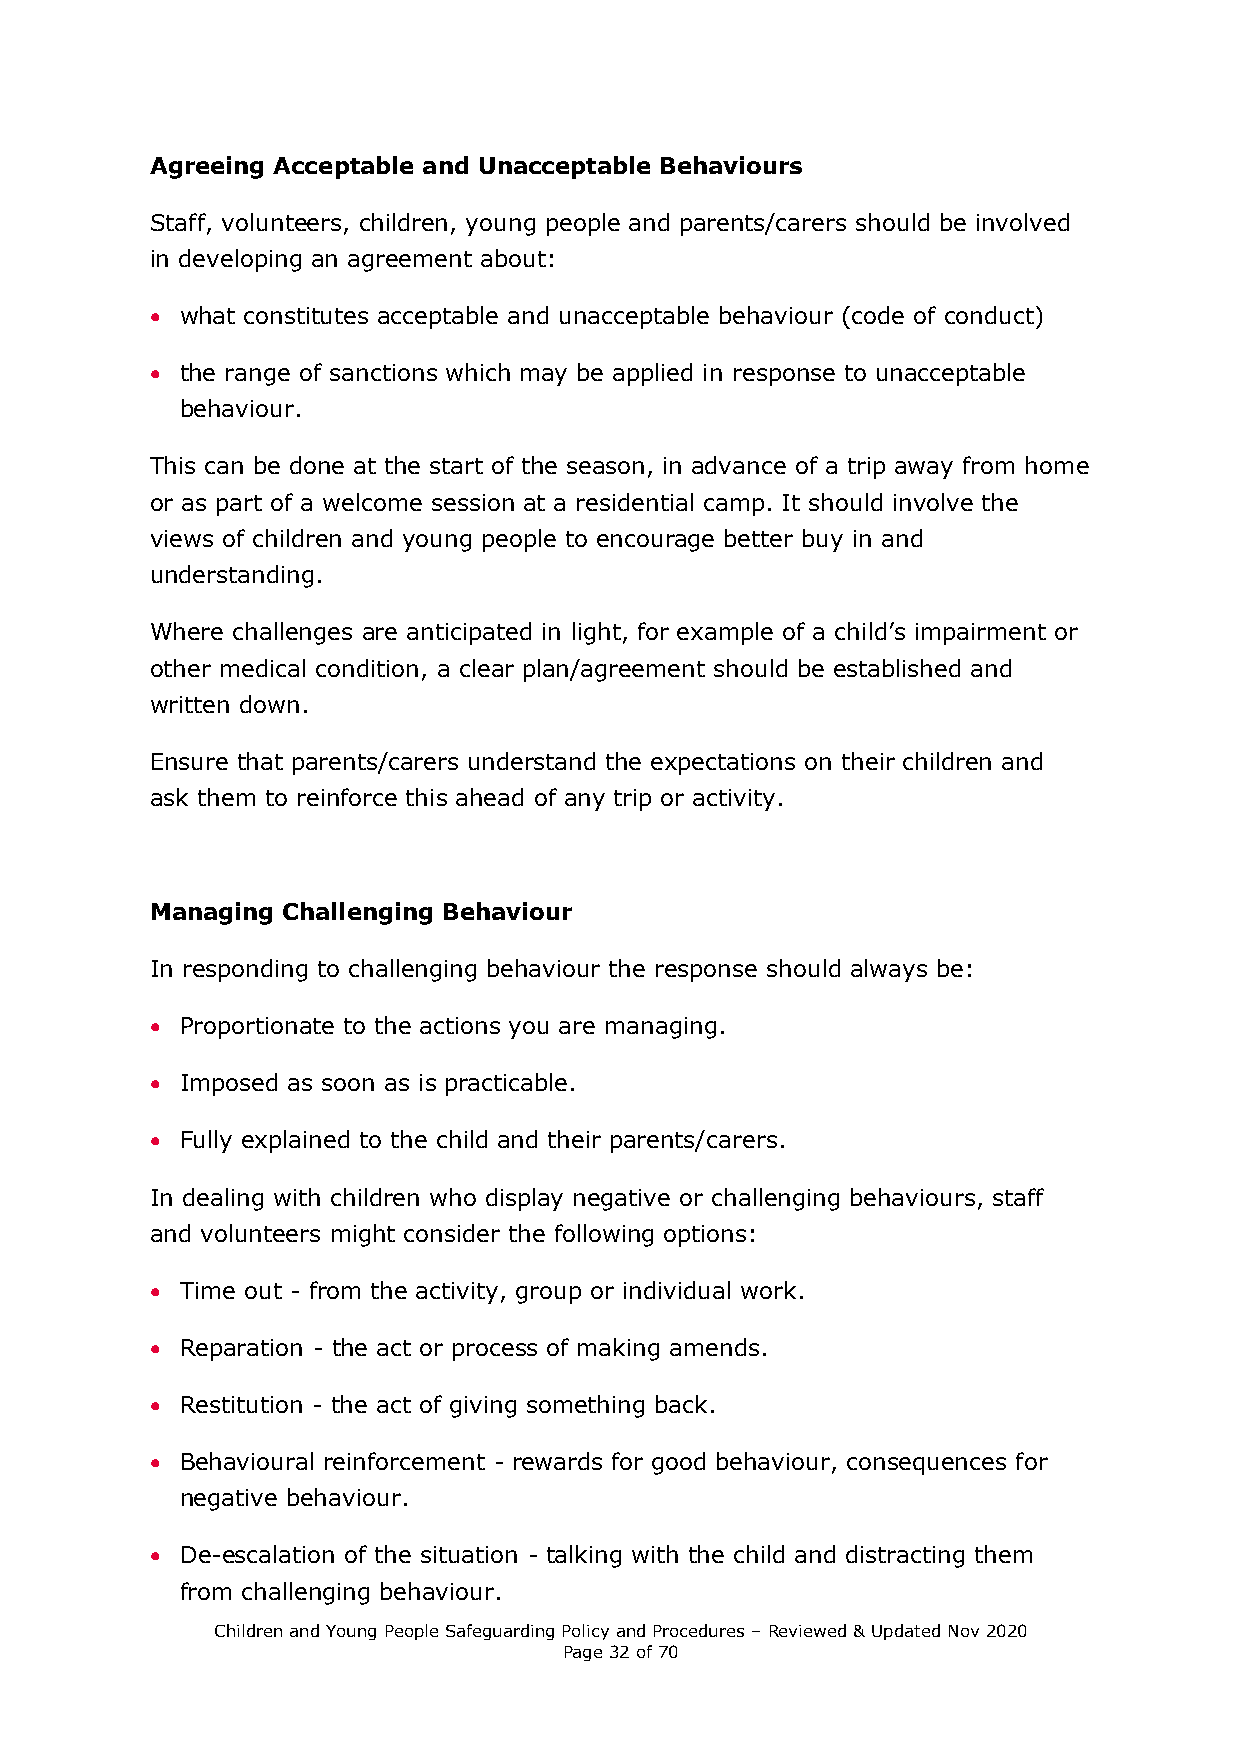
Agreeing Acceptable and Unacceptable Behaviours
 Staff, volunteers, children, young people and parents/carers should be involved
 in developing an agreement about:
 • what constitutes acceptable and unacceptable behaviour (code of conduct)
 • the range of sanctions which may be applied in response to unacceptable
 behaviour.
 This can be done at the start of the season, in advance of a trip away from home
 or as part of a welcome session at a residential camp. It should involve the
 views of children and young people to encourage better buy in and
 understanding.
 Where challenges are anticipated in light, for example of a child’s impairment or
 other medical condition, a clear plan/agreement should be established and
 written down.
 Ensure that parents/carers understand the expectations on their children and
 ask them to reinforce this ahead of any trip or activity.
 Managing Challenging Behaviour
 In responding to challenging behaviour the response should always be:
 • Proportionate to the actions you are managing.
 • Imposed as soon as is practicable.
 • Fully explained to the child and their parents/carers.
 In dealing with children who display negative or challenging behaviours, staff
 and volunteers might consider the following options:
 • Time out - from the activity, group or individual work.
 • Reparation - the act or process of making amends.
 • Restitution - the act of giving something back.
 • Behavioural reinforcement - rewards for good behaviour, consequences for
 negative behaviour.
 • De-escalation of the situation - talking with the child and distracting them
 from challenging behaviour.
 Children and Young People Safeguarding Policy and Procedures – Reviewed & Updated Nov 2020
 Page 32 of 70